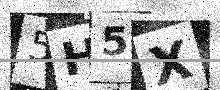
Text: 5H5X